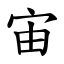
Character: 宙